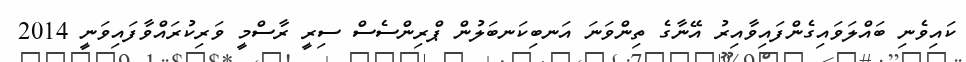
ކައިވެނި ބައްލަވައިގެންފައިވާއިރު އޭނާގެ ތިންވަނަ އަނބިކަނބަލުން ޕްރިންސެސް ސިރީ ރާސްމީ ވަރިކުރައްވާފައިވަނީ 2014